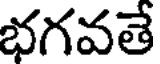
భగవతే